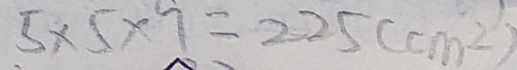
5 \times 5 \times 7 = 2 2 5 ( c m ^ { 2 } )